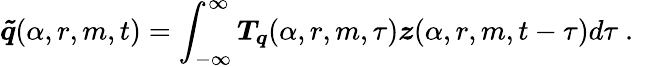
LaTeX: \boldsymbol{\tilde{q}}(\alpha,r,m,t)=\int_{-\infty}^{\infty}\boldsymbol{T_{q}}(\alpha,r,m,\tau)\boldsymbol{z}(\alpha,r,m,t-\tau)d\tau\mathrm{~.~}